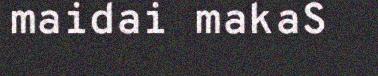
maidai makaS